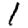
Digit: 1